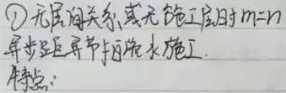
\textcircled{1} 无层间关系，无施工层时 \(m = n\)。异步距异节拍流水施工特点：